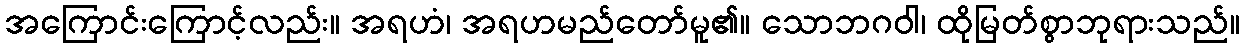
အကြောင်းကြောင့်လည်း။ အရဟံ၊ အရဟမည်တော်မူ၏။ သောဘဂဝါ၊ ထိုမြတ်စွာဘုရားသည်။